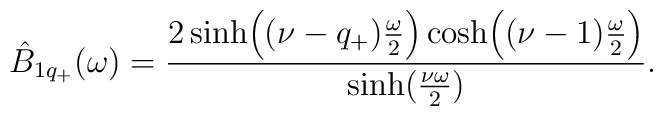
\hat{B}_{1q_{+}}(\omega)={2\sinh\Bigl((\nu -q_{+}){\omega \over2}\Bigr) \cosh\Bigl((\nu -1){\omega \over 2}\Bigr) \over\sinh({\nu \omega \over 2})}\\.